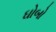
ઘોબો